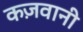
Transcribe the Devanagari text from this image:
कज़वानी